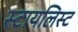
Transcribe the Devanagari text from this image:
स्टायलिस्ट